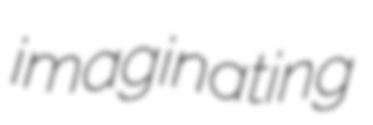
imaginating